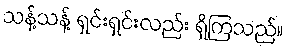
သန့်သန့် ရှင်းရှင်းလည်း ရှိကြသည်။